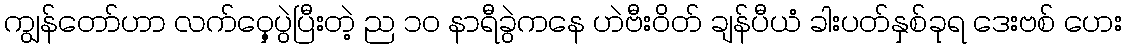
ကျွန်တော်ဟာ လက်ဝှေ့ပွဲပြီးတဲ့ ည ၁၀ နာရီခွဲကနေ ဟဲဗီးဝိတ် ချန်ပီယံ ခါးပတ်နှစ်ခုရ ဒေးဗစ် ဟေး